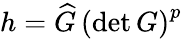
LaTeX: h=\widehat{G}\, \left(\mathrm{det}\, G\right)^{p}